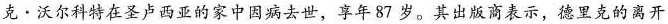
克 · 沃尔科特在圣卢西亚的家中因病去世，享年 87 岁。其出版商表示，德里克的离开